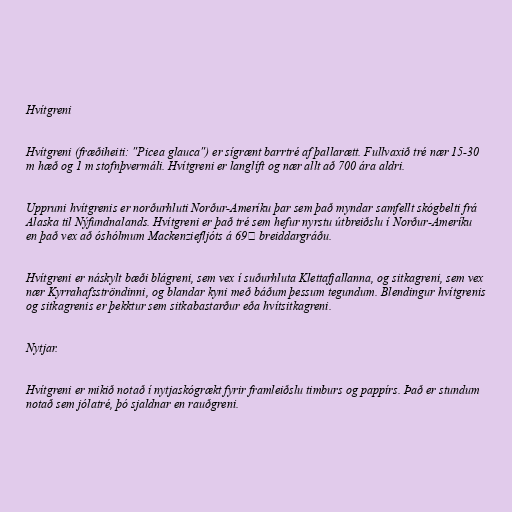
Hvítgreni

Hvítgreni (fræðiheiti: "Picea glauca") er sígrænt barrtré af þallarætt. Fullvaxið tré nær 15-30
m hæð og 1 m stofnþvermáli. Hvítgreni er langlíft og nær allt að 700 ára aldri.

Uppruni hvítgrenis er norðurhluti Norður-Ameríku þar sem það myndar samfellt skógbelti frá
Alaska til Nýfundnalands. Hvítgreni er það tré sem hefur nyrstu útbreiðslu í Norður-Ameríku
en það vex að óshólmum Mackenziefljóts á 69⁰ breiddargráðu.

Hvítgreni er náskylt bæði blágreni, sem vex í suðurhluta Klettafjallanna, og sitkagreni, sem vex
nær Kyrrahafsströndinni, og blandar kyni með báðum þessum tegundum. Blendingur hvítgrenis
og sitkagrenis er þekktur sem sitkabastarður eða hvítsitkagreni.

Nytjar.

Hvítgreni er mikið notað í nytjaskógrækt fyrir framleiðslu timburs og pappírs. Það er stundum
notað sem jólatré, þó sjaldnar en rauðgreni.